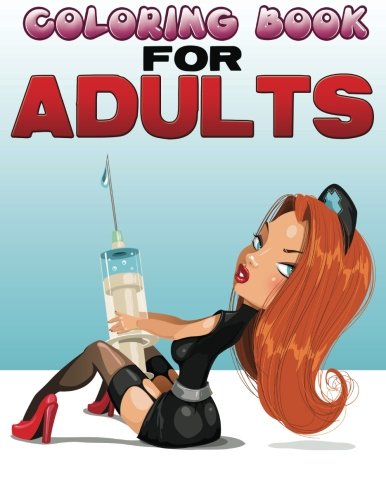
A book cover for Coloring Books For Adults; Timmy Time Books For Kids; Comics & Graphic Novels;